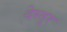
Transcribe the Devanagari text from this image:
देस्तूर